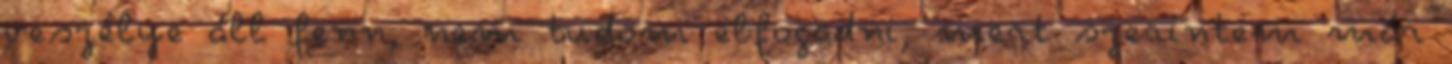
veszélye áll fenn, nem tudom elfogadni, mert szerintem már